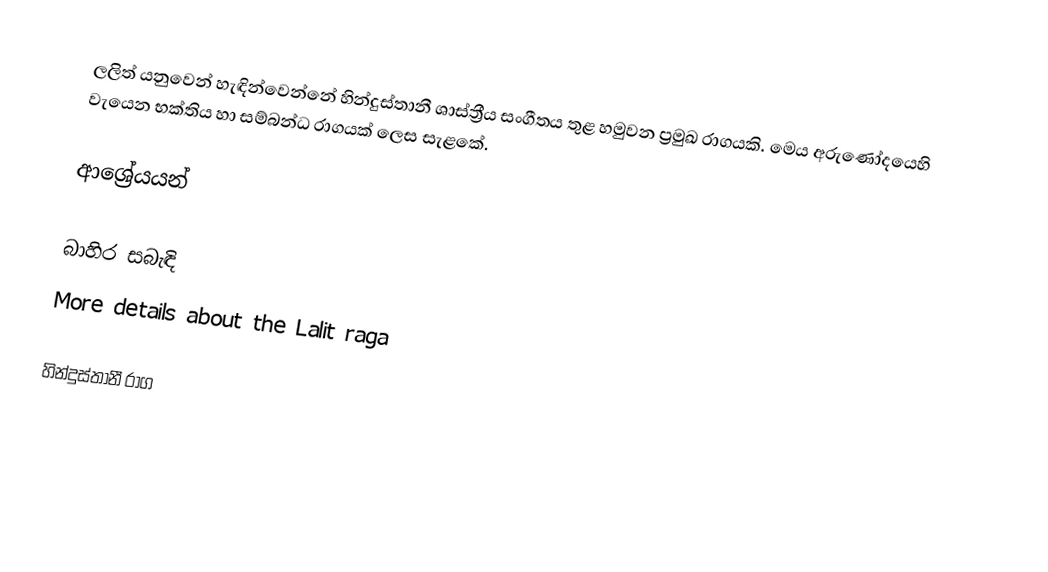
ලලිත් ‍යනුවෙන් හැඳින්වෙන්නේ හින්දුස්තානී ශාස්ත්‍රීය සංගීතය තුළ හමුවන ප්‍රමුඛ රාගයකි. මෙය අරුණෝදයෙහි වැයෙන භක්තිය හා සම්බන්ධ රාගයක් ලෙස සැළකේ.

ආශ්‍රේයයන්

බාහිර සබැඳි
 More details about the Lalit raga

හින්දුස්තානී රාග